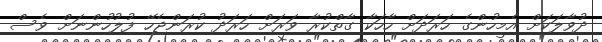
ދުވާލަކަށް އެމީހުންގެ ހަރަދަށް ހާހަކާ ގާތްކުރާ ވަރަށް ހަރަދު ކުރަންޖެހޭ ފުލުހުންނަށް ވެސް